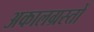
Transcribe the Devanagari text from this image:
अकालग्रस्तों